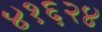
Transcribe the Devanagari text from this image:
४१६२४